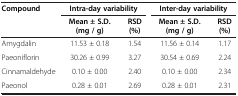
| Compound | <COLSPAN=2> Intra-day variability | <COLSPAN=2> Inter-day variability |
 |  | Mean ± S.D. (mg / g) | RSD (%) | Mean ± S.D. (mg / g) | RSD (%) |
 | --- | --- | --- | --- | --- |
 | Amygdalin | 11.53 ± 0.18 | 1.54 | 11.56 ± 0.14 | 1.17 |
 | Paeoniflorin | 30.26 ± 0.99 | 3.27 | 30.54 ± 0.69 | 2.24 |
 | Cinnamaldehyde | 0.10 ± 0.00 | 2.40 | 0.10 ± 0.00 | 2.34 |
 | Paeonol | 0.28 ± 0.01 | 2.69 | 0.28 ± 0.01 | 2.31 |